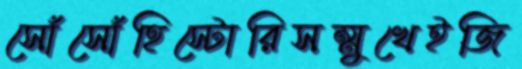
সোঁসোঁহিস্টোরিসম্মুখেইজি